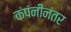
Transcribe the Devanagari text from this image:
कंपंनीनंतर